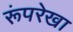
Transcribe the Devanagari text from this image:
रूंपरेखा